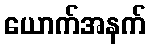
ယောက်အနက်